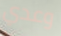
وعدي